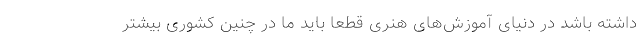
داشته باشد در دنیای آموزش‌های هنری قطعاً باید ما در چنین کشوری بیشتر